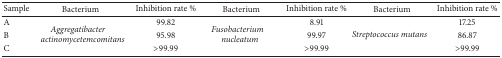
<table><thead><tr><td><b>Sample</b></td><td><b>Bacterium</b></td><td><b>Inhibition rate %</b></td><td><b>Bacterium </b></td><td><b>Inhibition rate %</b></td><td><b>Bacterium </b></td><td><b>Inhibition rate %</b></td></tr></thead><tbody><tr><td>A</td><td rowspan="3"><i>Aggregatibacter actinomycetemcomitans </i></td><td>99.82</td><td rowspan="3"><i>Fusobacterium nucleatum </i></td><td>8.91</td><td rowspan="3"><i>Streptococcus mutans </i></td><td>17.25</td></tr><tr><td>B</td><td>95.98</td><td>99.97</td><td>86.87</td></tr><tr><td>C</td><td>&gt;99.99</td><td>&gt;99.99</td><td>&gt;99.99</td></tr></tbody></table>